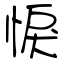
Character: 悷